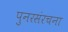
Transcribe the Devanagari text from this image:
पुनरसंरचना